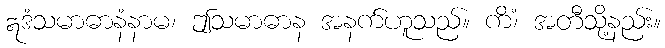
ဣဒံသမာဓာနံနာမ၊ ဤသမာဓာန အနက်ဟူသည်။ ကိံ၊ အတီသို့နည်း။